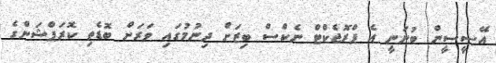
އޭސީސީން ބުނަނީ އެ ޕްރޮޖެކްޓް ނެކްސް ބިޒަށް ދިނުމުގައި ވަރަށް ބޮޑެތި ކޮރަޕްޝަންގެ